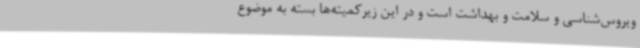
ویروس‌شناسی و سلامت و بهداشت است و در این زیرکمیته‌ها بسته به موضوع